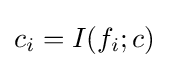
c_{i}=I(f_{i};c)